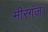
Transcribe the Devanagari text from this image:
मीरगंज।